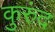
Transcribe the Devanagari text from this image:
कुरुंद